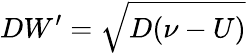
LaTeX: DW^{\prime}=\sqrt{D(\nu-U)}